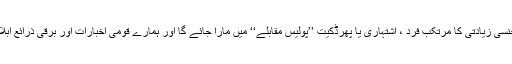
یہ کوئی اس قدر مشکل کام نہیں ہے، اگلی بار ایک مبینہ دہشت گرد، جنسی زیادتی کا مرتکب فرد ، اشتہاری یا پھرڈکیت ’’پولیس مقابلے‘‘ میں مارا جائے گا اور ہمارے قومی اخبارات اور برقی ذرائع ابلاغ ان ’’ماہر‘‘پولیس افسران کو ہیرو کے طور پر پیش کرنے لگیں گے۔